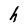
Character: h